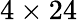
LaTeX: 4\times 24